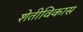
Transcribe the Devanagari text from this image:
शेतीविकास